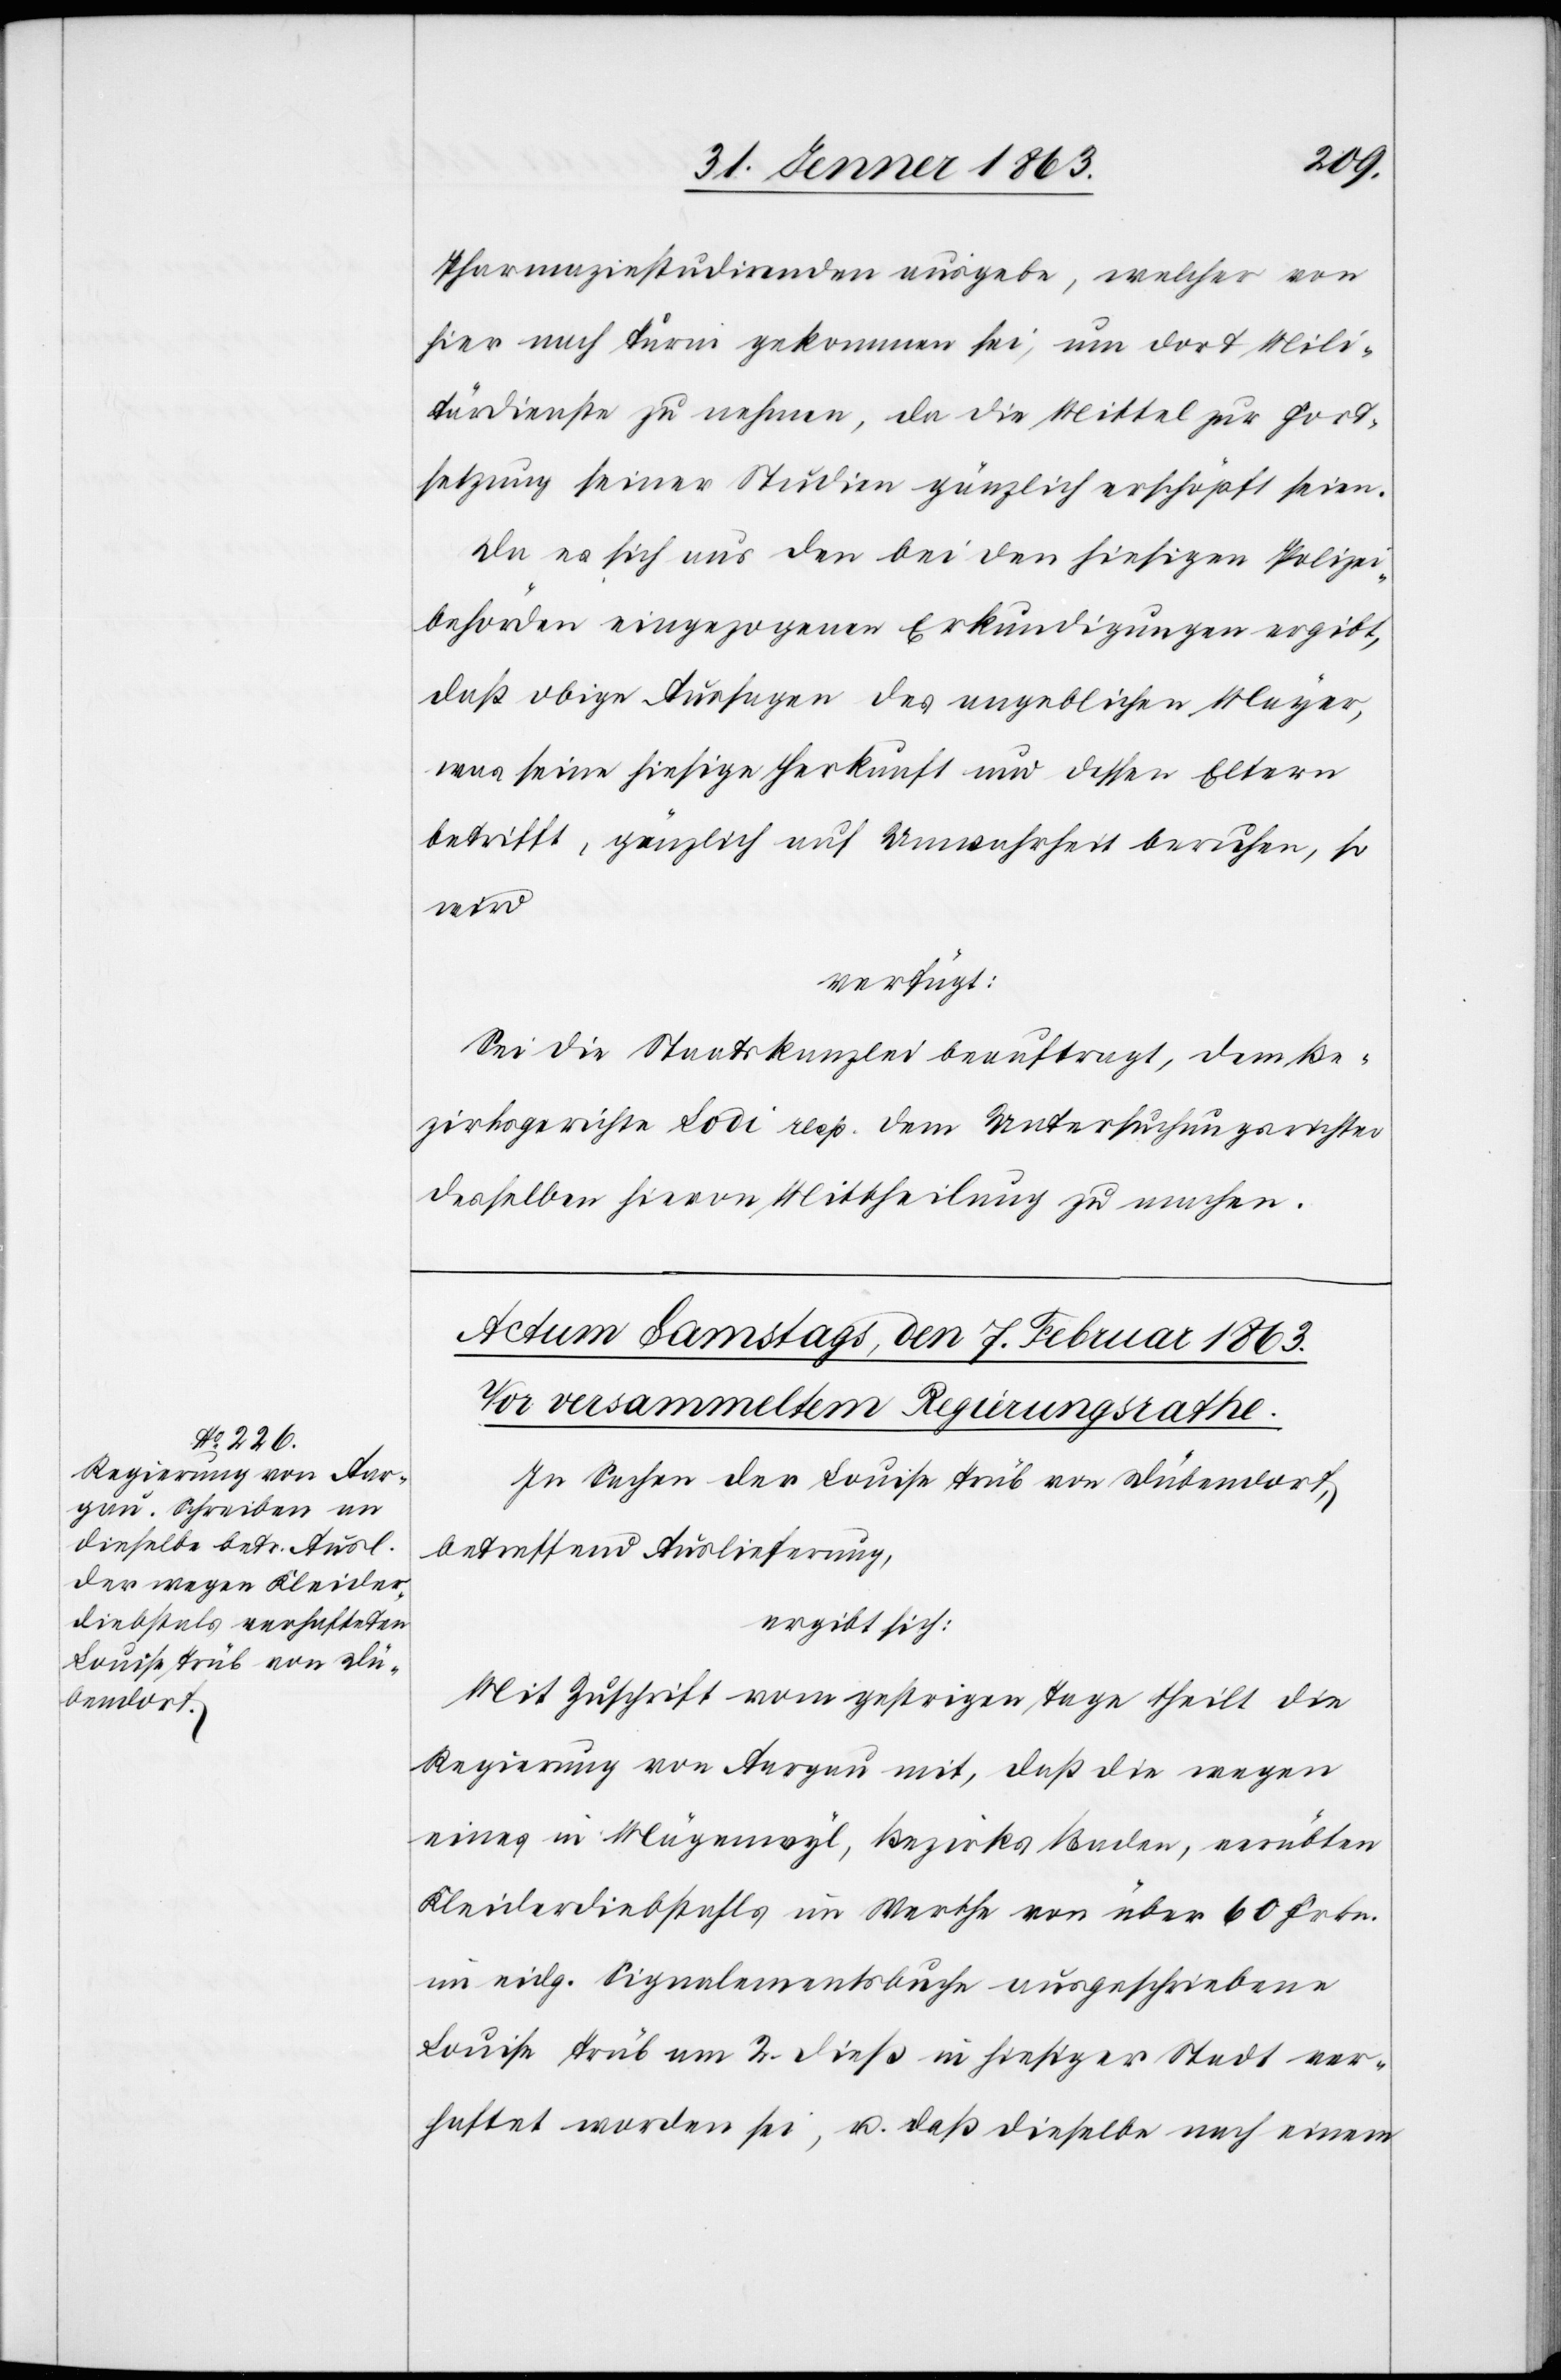
Pharmaziestudirenden ausgebe, welcher von
hier nach Turni gekommen sei, um dort Mili¬
tärdienst zu nehmen, da die Mittel zur Fort¬
setzung seiner Studien gänzlich erschöpft seien.
Da es sich aus den bei den hiesigen Polizei¬
behörden eingezogenen Erkundigungen ergibt,
daß obige Aussagen des angeblichen Mayer,
was seine hiesige Herkunft und dessen Eltern
betrifft, gänzlich auf Unwahrheit beruhen, so
wird
verfügt:
Sei die Staatskanzlei beauftragt, dem Be¬
zirksgerichte Lodi resp. dem Untersuchungsrichter
desselben hievon Mittheilung zu machen.
In Sachen der Louisa Trüb von Dübendorf,
betreffend Auslieferung,
ergibt sich:
Mit Zuschrift vom gestrigen Tage theilt die
Regierung von Aargau mit, daß die wegen
eines in Mägenwyl, Bezirks Baden, verübten
Kleiderdiebstahls im Werthe von über 60 Frkn.
im eidg. Signalementsbuche ausgeschriebene
Louise Trüb am 2. dieß in hiesiger Stadt ver¬
haftet worden sei, u. daß dieselbe nach einem